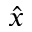
\hat { x }